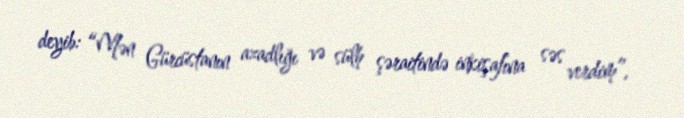
deyib: “Mən Gürcüstanın azadlığı və sülh şəraitində inkişafına səs verdim”.